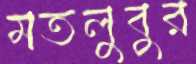
মতলুবুর